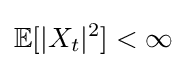
\mathbb {E} [|X_{t}|^{2}]<\infty